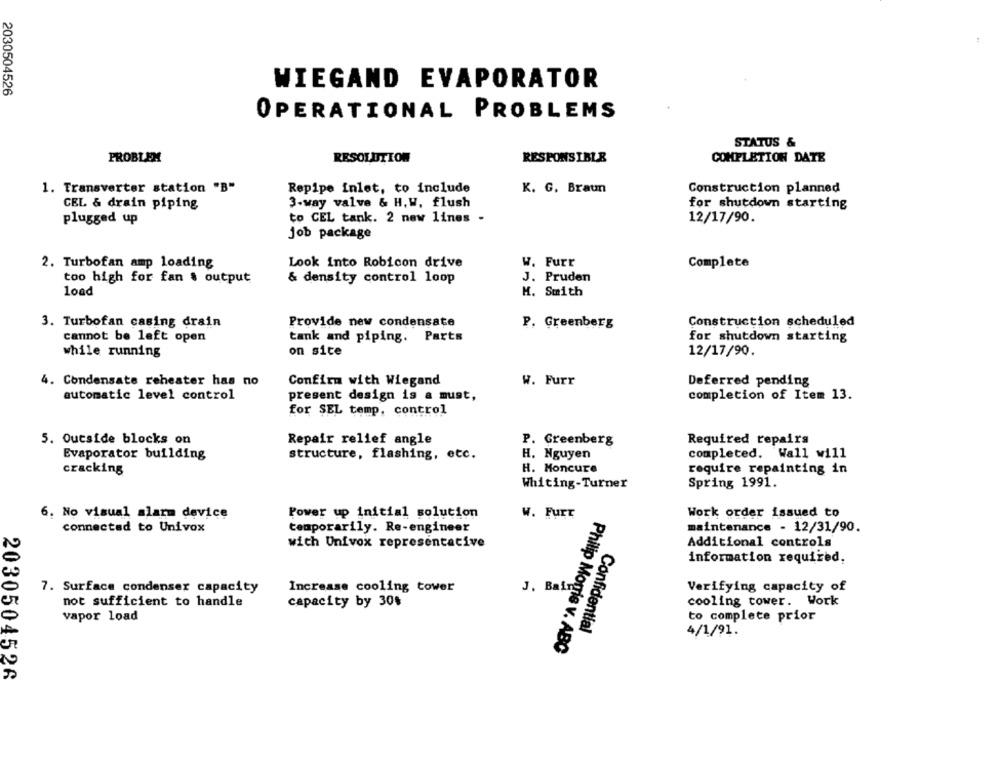
WIEGAND EVAPORATOR
2030504526
OPERATIONAL PROBLEMS
STATUS &
PROBLEM
RESOLUTION
RESPONSIBLE
COMPLETION DATE
1. Transverter station "B"
Repipe inlet, to include
K. G. Braun
Construction planned
CEL & drain piping
3-way valve & H.W. flush
for shutdown starting
plugged up
to CEL tank. 2 new lines -
12/17/90.
job package
2. Turbofan amp loading
Look into Robicon drive
W. Furr
Complete
too high for fan & output
& density control loop
J. Pruden
load
H. Smith
3. Turbofan casing drain
Provide new condensate
P. Greenberg
Construction scheduled
cannot be left open
tank and piping. Parts
for shutdown starting
on site
12/17/90.
while running
Confirm with Wiegand
W. Furr
4. Condensate reheater has no
Deferred pending
automatic level control
present design is a must,
completion of Item 13.
for SEL temp. control
5. Outside blocks on
Repair relief angle
P. Greenberg
Required repairs
Evaporator building
structure, flashing, etc.
H. Nguyen
completed. Wall will
cracking
H. Moncure
require repainting in
Whiting-Turner
Spring 1991.
6. No visual alarm device
Power up initial solution
W. Furt
Work order issued to
connected to Univox
temporarily. Re-engineer
maintenance - 12/31/90.
with Univox representative
Additional controls
information required,
7. Surface condenser capacity
Increase cooling tower
J. Bain
Verifying capacity of
cooling tower. Work
not sufficient to handle
capacity by 30%
vapor load
to complete prior
Confidential
4/1/91
Philip Morris v. ABC
2030504526